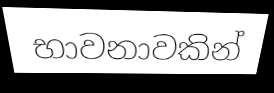
භාවනාවකින්